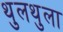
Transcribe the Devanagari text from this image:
थुलथुला